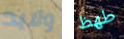
ولابد طھظ